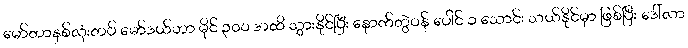
မော်တာနှစ်လုံးတပ် မော်ဒယ်ဟာ မိုင် ၃၀၀ အထိ သွားနိုင်ပြီး နောက်တွဲဝန် ပေါင် ၁ သောင်း သယ်နိုင်မှာ ဖြစ်ပြီး ဒေါ်လာ